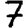
Digit: 7